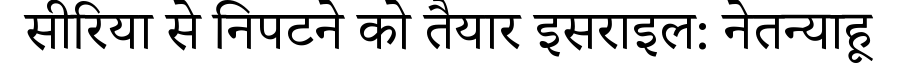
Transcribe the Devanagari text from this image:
सीरिया से निपटने को तैयार इसराइल: नेतन्याहू